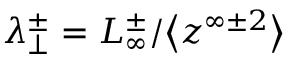
\lambda _ { \perp } ^ { \pm } = L _ { \infty } ^ { \pm } / \big < z ^ { \infty \pm 2 } \big >